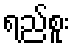
ရည်စူး